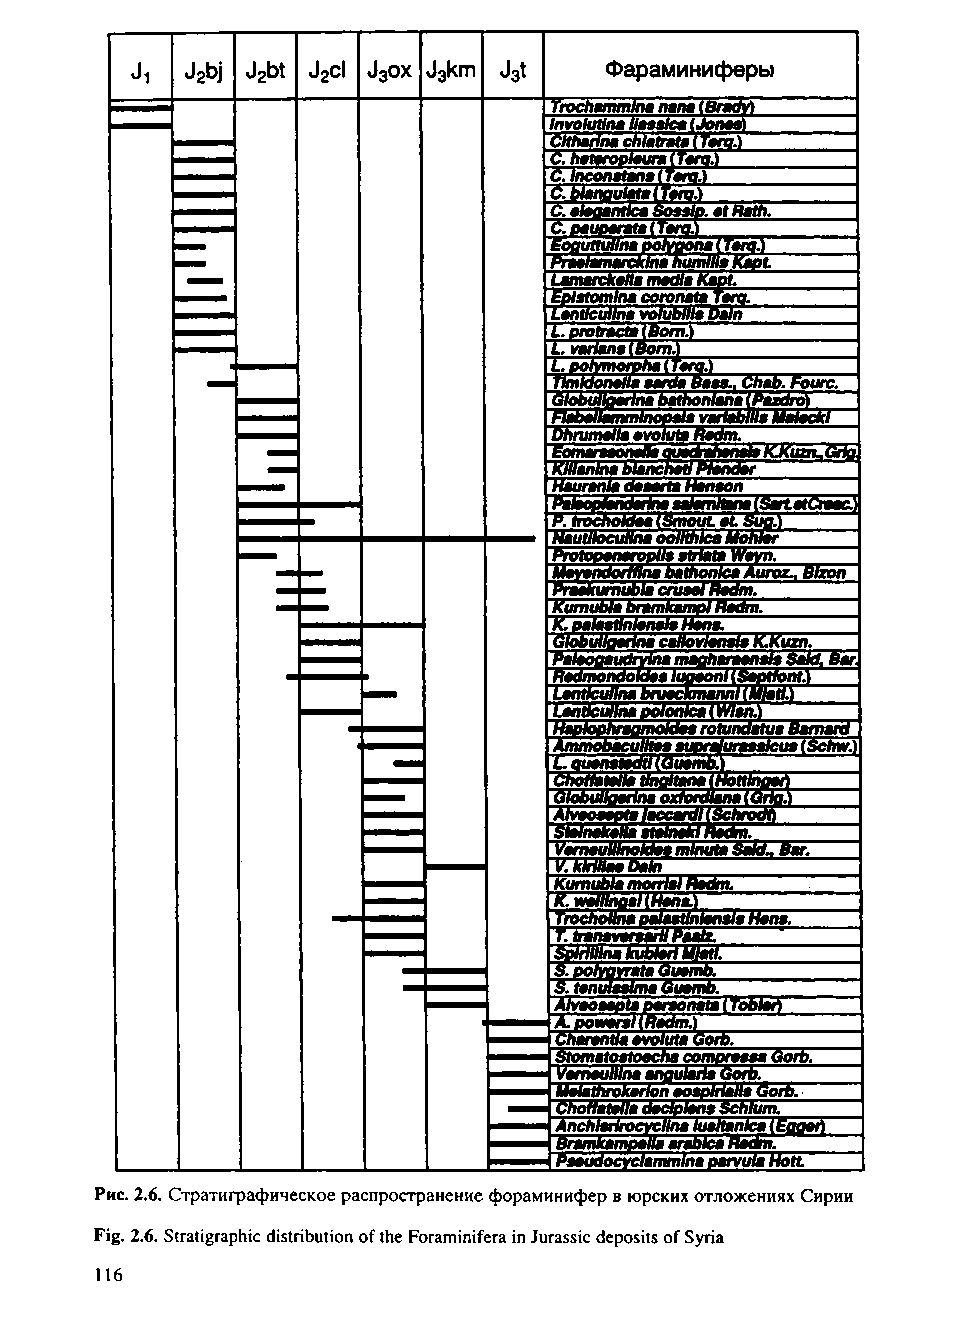
J2bj Jpbt Jod J3ox Jokm J3t Фараминиферы
 Trocharnmina папа (Brady)
 Involutlna ilaaatca (Jones)
 Cttharlna chlatratai tan.)
 Tin,)
 IC. Inconrtane
 lT#fo)
 C. aleoantica Sosslo. at Rath.
 C. oauparata (tта.)
 Eoaunullnaootvponai Targ.S
 Praa/amarcklna humllla Kaot
 Lamarckaila madia Kapt.
 Epistomlna coronata targ.
 Lanttculina volubliia bam
 protracta(BBoorm .)
 varianalBom\
 L. oofymorpha (TardJ)
 TImktonalla aarda Baiaia., Chab.Fourc.
 Globullgarlna bathonlana (Pazdro)
 Flabailammlnopala vartabllla Maladkl
 Dhrumalla avoluta hadm.
 Eomaraaonalfllaa auadrahanak tCkuzruGHq
 Klllanlna blannccnhaattli PPttaannddaarr
 Hauranla daaarta Hanaon
 PalaopHandaHna aalamHanaiSart.atCtaacH
 PtrochoMaa ISmoutat Si 1 4
 Nautllocuhna oollthka Molw
 ProtopanarooUa atrtata Wavn.
 Mayandorfflna bathonjca Auroz., Blzon
 Praakumubla cruaai Radm.
 Kumubla bramkampl Hadm.
 K. palaatlnlanala tianaT
 globullgarlna caltovtansia K.kuzn.
 Palaooaudryina maaharaanais $akt. bar.
 RaaddmmoonnddooUkaUsT l'u ^oao nl (Saptfonn t.) -----:
 Lanticuhna bruackmannl (MJati.)
 Landcuhna pdonlca (Wien.)
 "" ' hragmoUaa rotundatua BamanJ
 Ammobaculttaa auoraluraaalcus (Schw.)
 Louanatadtl (Guambi
 Chotfatalla tinaltanalrtomnoof)
 GGlloobbuulllloaaarrlinnaa ooxxffoorrddllaannaa ((GGrrifgc.j.})
 Alvaoaapta laccardl (Schrodb
 Stalnakallaatalnakll _
 VamauUlnoldaa mlnuta Said* BafT
 У .ккШ ааЪ акГ________
 Kumubla mortal Radm.
 .....
 Trocheollna palaatlnlanaia Hans.
 7. tranavaraaril Paatz.
 Sotriulnakublerl Ulatl.
 S. polyavrata Guamb."
 Slani  Guamb.
 Alvaoaapta paraonata (Tobiah
 A. powaral (Radm.)
 Charantla avoluta GorS.
 Stomatoatoacha compraaaa GorS.
 Vamaulllna angularla йorb._______
 Malathrokarlonaoaplrlalla (Sorb.
 Chotfatalla dadplena Schlum.
 Anchlarlrocycllna lualtanlca (EggafT
 Bramkampalla arablca riedbi.
 Paaudocvclammlna parvula HotL
 Рис. 2.6. Стратиграфическое распространение фораминифер в юрских отложениях Сирии
 Fig. 2.6. Stratigraphic distribution of the Foraminifera in Jurassic deposits of Syria
 116